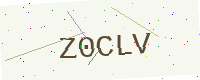
Text: Z0CLV